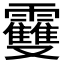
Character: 𩆿